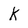
Character: k